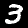
Digit: 3